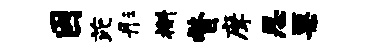
因芘彤槲瞥摩思栗